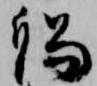
賜